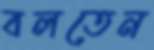
বলতেন